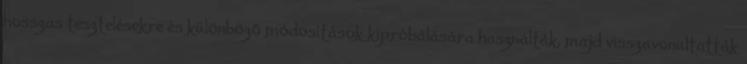
hosszas tesztelésekre és különböző módosítások kipróbálására használták, majd visszavonultatták